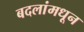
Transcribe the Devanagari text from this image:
बदलांमधून